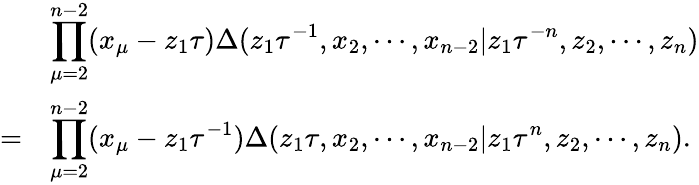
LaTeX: \begin{array}{cl}{{}}&{{\displaystyle\prod_{\mu=2}^{n-2}(x_{\mu}-z_{1}\tau)\Delta(z_{1}\tau^{-1},x_{2},\cdots,x_{n-2}|z_{1}\tau^{-n},z_{2},\cdots,z_{n})}}\\ {{=}}&{{\displaystyle\prod_{\mu=2}^{n-2}(x_{\mu}-z_{1}\tau^{-1})\Delta(z_{1}\tau,x_{2},\cdots,x_{n-2}|z_{1}\tau^{n},z_{2},\cdots,z_{n}).}}\end{array}